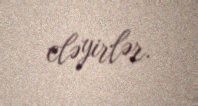
eləyirlər.